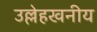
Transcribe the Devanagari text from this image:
उल्लेहखनीय